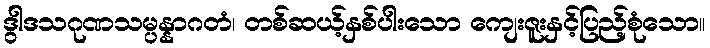
ဒွါဒသဂုဏသမ္ပန္နာဂတံ၊ တစ်ဆယ့်နှစ်ပါးသော ကျေးဇူးနှင့်ပြည့်စုံသော။